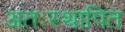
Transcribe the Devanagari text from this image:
अतःस्थापित